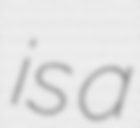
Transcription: is a